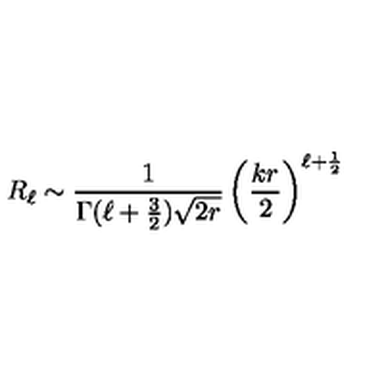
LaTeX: R _ { \ell } \sim { \frac { 1 } { \Gamma ( \ell + { \frac { 3 } { 2 } } ) \sqrt { 2 r } } } \left( { \frac { k r } { 2 } } \right) ^ { \ell + { \frac { 1 } { 2 } } }